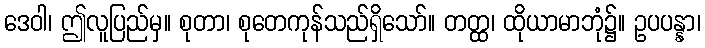
ဒေဝါ၊ ဤလူပြည်မှ။ စုတာ၊ စုတေကုန်သည်ရှိသော်။ တတ္ထ၊ ထိုယာမာဘုံ၌။ ဥပပန္နာ၊